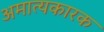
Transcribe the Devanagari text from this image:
अमात्यकारक